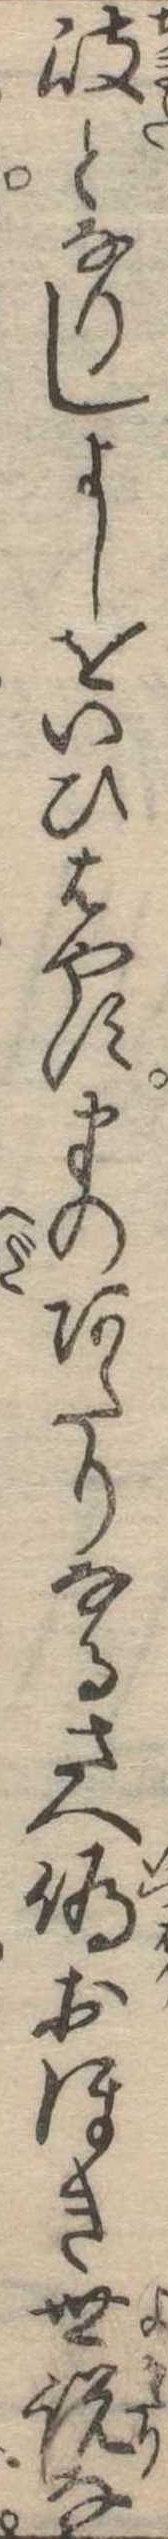
岐となりしよしをいひはやすまのあたりなるさへ偽おほき世説な